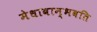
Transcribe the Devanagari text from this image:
मेधावान्भवति